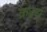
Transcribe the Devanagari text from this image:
क्रद्वद्य